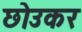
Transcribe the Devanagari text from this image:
छोउकर